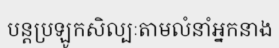
បន្តប្រឡូកសិល្បៈតាមលំនាំអ្នកនាង